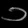
Digit: ၁